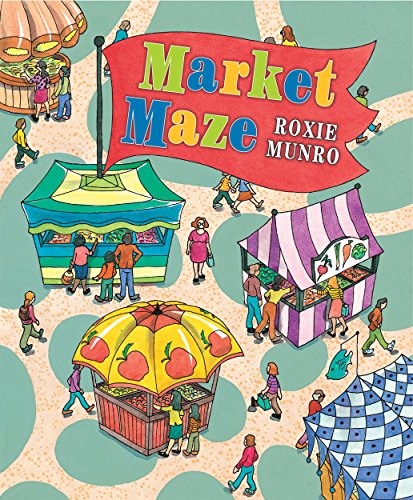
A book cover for Market Maze; Roxie Munro; Children's Books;